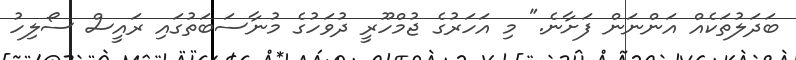
ބަދަލުތަކެއް އަންނަން ފަށާނެ." މި އަހަރުގެ ޖުމްހޫރީ ދުވަހުގެ މުނާސަބަތުގައި ރައީސް ސޯލިހު